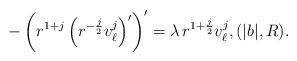
LaTeX: \begin{align*} -\left(r^{1+j}\left(r^{-\frac j2}v_\ell^j \right)'\right)'= \lambda\, r^{1+\frac j2}v_\ell^j, (|b|,R).\end{align*}